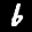
Label: 6